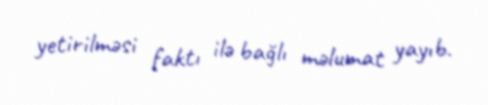
yetirilməsi faktı ilə bağlı məlumat yayıb.